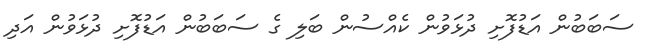
ސަބަބުން އަޑުފޮށި ދުޅަވުން ކެއްސުން ބަލި ގެ ސަބަބުން އަޑުފޮށި ދުޅަވުން އަދި